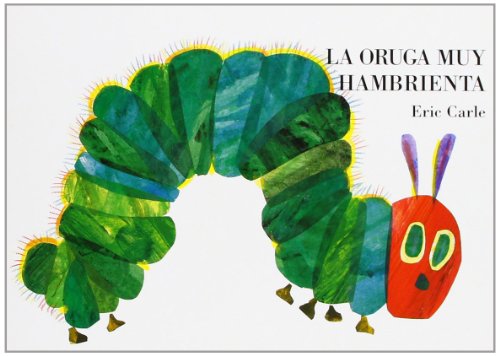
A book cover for La oruga muy hambrienta: Board Book (Spanish Edition); Eric Carle; Children's Books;